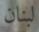
لبنان